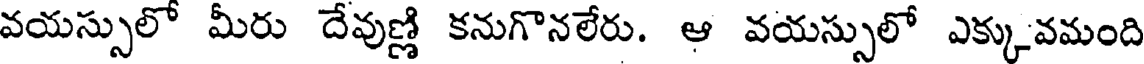
వయస్సులో మీరు దేవుణ్ణి కనుగొనలేరు. ఆ వయస్సులో ఎక్కువమంది